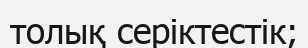
толық серіктестік;